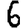
Digit: 6